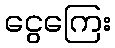
ငွေကြေး